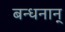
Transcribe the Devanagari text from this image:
बन्धनान्